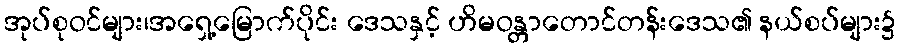
အုပ်စုဝင်များ၊အရှေ့မြောက်ပိုင်း ဒေသနှင့် ဟိမဝန္တာတောင်တန်းဒေသ၏ နယ်စပ်များ၌